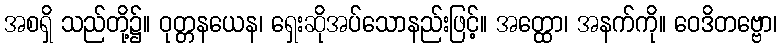
အစရှိ သည်တို့၌။ ဝုတ္တနယေန၊ ရှေးဆိုအပ်သောနည်းဖြင့်။ အတ္ထော၊ အနက်ကို။ ဝေဒိတဗ္ဗော၊